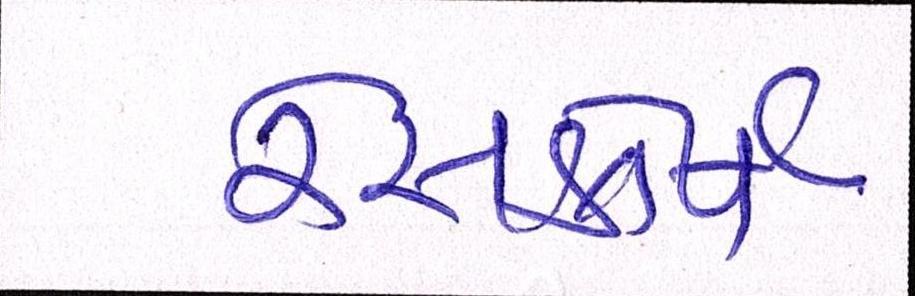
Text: રેસકોર્સ